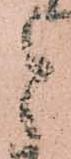
と